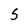
Character: 5